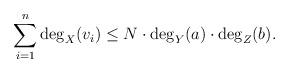
LaTeX: \begin{align*} \sum_{i=1}^{n} \deg_{X}(v_{i}) \leq N \cdot \deg_{Y}(a) \cdot \deg_{Z}(b).\end{align*}